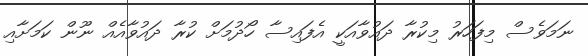
ނަމަވެސް މިފަހަރު މިކުރާ ދައުވާއަކީ އެފައިސާ ހޯދުމަށް ކުރާ ދައުވާއެއް ނޫން ކަމަށާއި